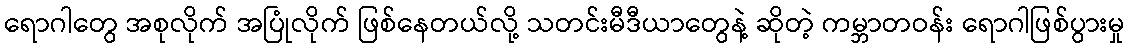
ရောဂါတွေ အစုလိုက် အပြုံလိုက် ဖြစ်နေတယ်လို့ သတင်းမီဒီယာတွေနဲ့ ဆိုတဲ့ ကမ္ဘာတဝန်း ရောဂါဖြစ်ပွားမှု